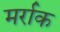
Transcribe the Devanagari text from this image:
मर्राक